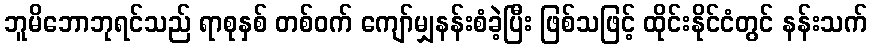
ဘူမိဘောဘုရင်သည် ရာစုနှစ် တစ်ဝက် ကျော်မျှနန်းစံခဲ့ပြီး ဖြစ်သဖြင့် ထိုင်းနိုင်ငံတွင် နန်းသက်